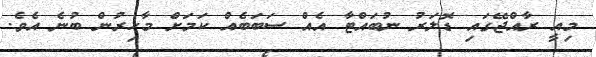
މިއީ ރާއްޖޭގައި ޑޮލަރު ނުބައްޓާ އެއް ސަބަބެއް ކަމަށް މާހިރުން ބުނެ އެވެ.